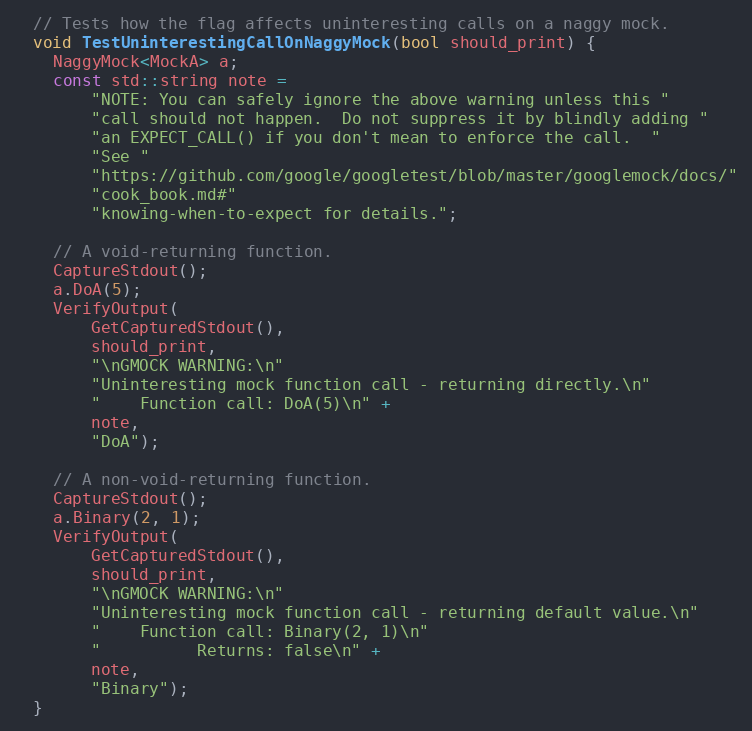
Language: C++
  // Tests how the flag affects uninteresting calls on a naggy mock.
  void TestUninterestingCallOnNaggyMock(bool should_print) {
    NaggyMock<MockA> a;
    const std::string note =
        "NOTE: You can safely ignore the above warning unless this "
        "call should not happen.  Do not suppress it by blindly adding "
        "an EXPECT_CALL() if you don't mean to enforce the call.  "
        "See "
        "https://github.com/google/googletest/blob/master/googlemock/docs/"
        "cook_book.md#"
        "knowing-when-to-expect for details.";

    // A void-returning function.
    CaptureStdout();
    a.DoA(5);
    VerifyOutput(
        GetCapturedStdout(),
        should_print,
        "\nGMOCK WARNING:\n"
        "Uninteresting mock function call - returning directly.\n"
        "    Function call: DoA(5)\n" +
        note,
        "DoA");

    // A non-void-returning function.
    CaptureStdout();
    a.Binary(2, 1);
    VerifyOutput(
        GetCapturedStdout(),
        should_print,
        "\nGMOCK WARNING:\n"
        "Uninteresting mock function call - returning default value.\n"
        "    Function call: Binary(2, 1)\n"
        "          Returns: false\n" +
        note,
        "Binary");
  }